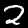
Digit: 2